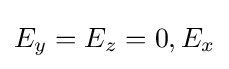
E_{y}=E_{z}=0,E_{x}